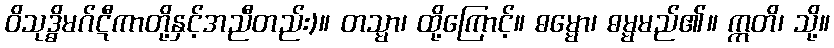
ဝိသုဒ္ဓိမဂ်ဋီကာတို့နှင့်အညီတည်း)။ တသ္မာ၊ ထို့ကြောင့်။ ဓမ္မော၊ ဓမ္မမည်၏။ ဣတိ၊ သို့။